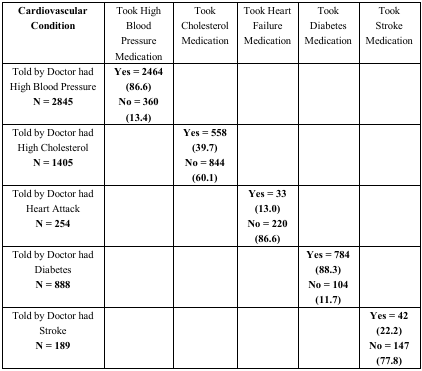
| Cardiovascular Condition | Took High Blood Pressure Medication | Took Cholesterol Medication | Took Heart Failure Medication | Took Diabetes Medication | Took Stroke Medication |
 | --- | --- | --- | --- | --- | --- |
 | Told by Doctor had High Blood PressureN = 2845 | Yes = 2464 (86.6)No = 360 (13.4) |  |  |  |  |
 | Told by Doctor had High CholesterolN = 1405 |  | Yes = 558 (39.7)No = 844 (60.1) |  |  |  |
 | Told by Doctor had Heart Attack N = 254 |  |  | Yes = 33 (13.0)No = 220 (86.6) |  |  |
 | Told by Doctor had DiabetesN = 888 |  |  |  | Yes = 784 (88.3)No = 104 (11.7) |  |
 | Told by Doctor had Stroke N = 189 |  |  |  |  | Yes = 42 (22.2)No = 147 (77.8) |